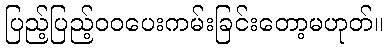
ပြည့်ပြည့်ဝဝပေးကမ်းခြင်းတော့မဟုတ်။